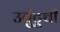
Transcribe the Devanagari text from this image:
उबुंटूची